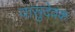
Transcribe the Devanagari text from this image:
वासुदेवक